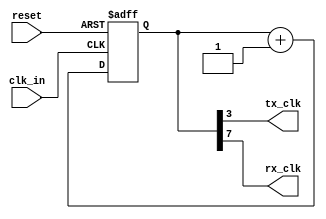
module clock_generator(
    input wire clk_in,
    input wire reset,
    output wire tx_clk,
    output wire rx_clk
);

reg [7:0] counter;

always @(posedge clk_in or posedge reset) begin
    if (reset) begin
        counter <= 8'h00;
    end else begin
        counter <= counter + 1;
    end
end

assign tx_clk = counter[3];
assign rx_clk = counter[7];

endmodule